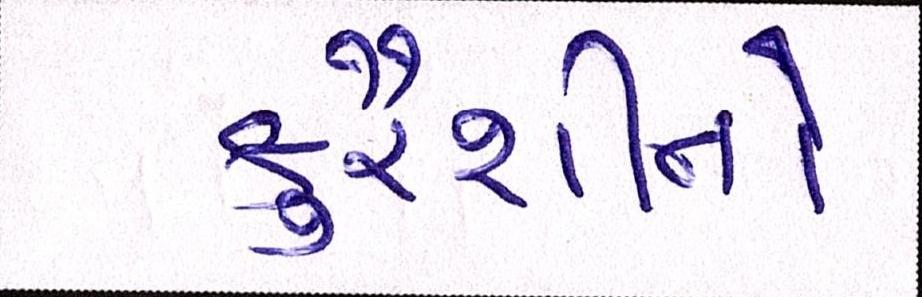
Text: કુરૈશીનો